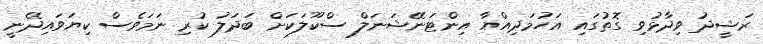
ރަޝީދު ވިދާޅުވި ގޮތުގައި އަހުމަދިއްޔާ އިންޓަނޭޝަނަލް ސްކޫލަކަށް ބަދަލު ކުރި ނަމަވެސް ކިޔަވައިދޭނީ